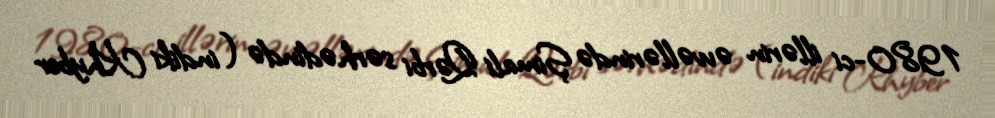
1980-ci illərin əvvəllərində Şimali Qərbi sərhədində (indiki Khyber